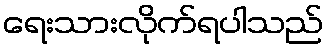
ရေးသားလိုက်ရပါသည်